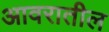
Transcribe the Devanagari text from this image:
आवरातील